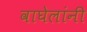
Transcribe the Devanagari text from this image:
वाघेलांनी